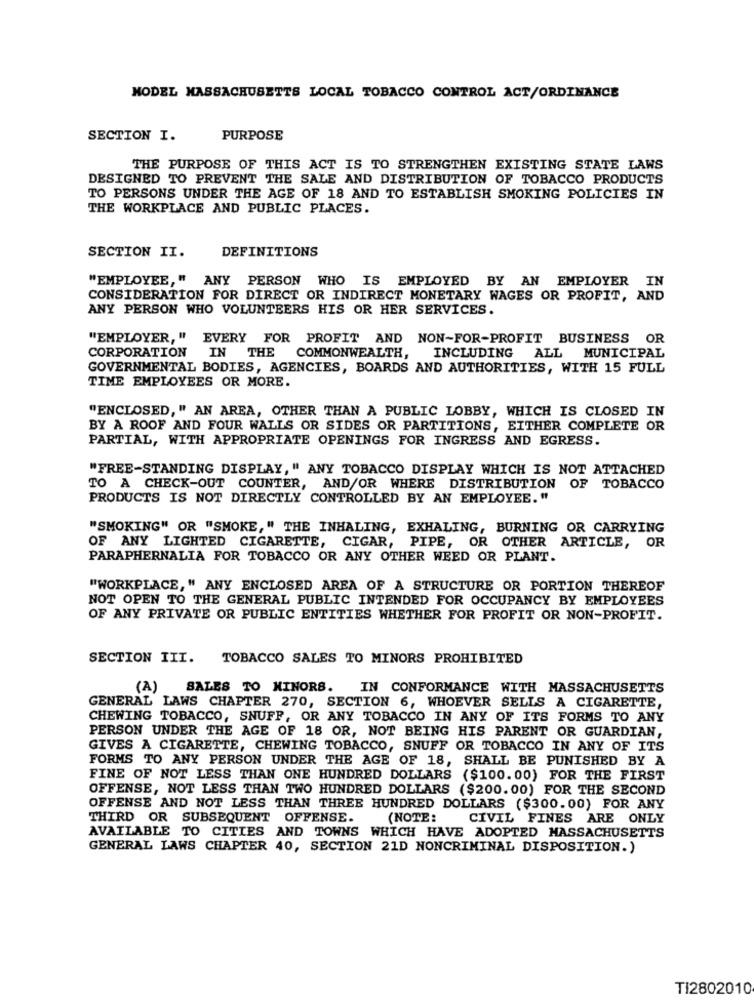
MODEL MASSACHUSETTS LOCAL TOBACCO CONTROL ACT/ORDINANCE
SECTION I.
PURPOSE
THE PURPOSE OF THIS ACT IS TO STRENGTHEN EXISTING STATE LAWS
DESIGNED TO PREVENT THE SALE AND DISTRIBUTION OF TOBACCO PRODUCTS
TO PERSONS UNDER THE AGE OF 18 AND TO ESTABLISH SMOKING POLICIES IN
THE WORKPLACE AND PUBLIC PLACES.
SECTION II.
DEFINITIONS
"EMPLOYEE, " ANY PERSON WHO IS EMPLOYED BY AN EMPLOYER IN
CONSIDERATION FOR DIRECT OR INDIRECT MONETARY WAGES OR PROFIT, AND
ANY PERSON WHO VOLUNTEERS HIS OR HER SERVICES.
"EMPLOYER, " EVERY FOR PROFIT AND NON-FOR-PROFIT BUSINESS OR
CORPORATION IN THE
COMMONWEALTH, INCLUDING ALL MUNICIPAL
GOVERNMENTAL BODIES, AGENCIES, BOARDS AND AUTHORITIES, WITH 15 FULL
TIME EMPLOYEES OR MORE.
"ENCLOSED, " AN AREA, OTHER THAN A PUBLIC LOBBY, WHICH IS CLOSED IN
BY A ROOF AND FOUR WALLS OR SIDES OR PARTITIONS, EITHER COMPLETE OR
PARTIAL, WITH APPROPRIATE OPENINGS FOR INGRESS AND EGRESS.
"FREE-STANDING DISPLAY, " ANY TOBACCO DISPLAY WHICH IS NOT ATTACHED
TO A CHECK-OUT COUNTER, AND/OR WHERE DISTRIBUTION OF TOBACCO
PRODUCTS IS NOT DIRECTLY CONTROLLED BY AN EMPLOYEE."
"SMOKING" OR "SMOKE," THE INHALING, EXHALING, BURNING OR CARRYING
OF ANY LIGHTED CIGARETTE, CIGAR, PIPE, OR OTHER ARTICLE, OR
PARAPHERNALIA FOR TOBACCO OR ANY OTHER WEED OR PLANT.
"WORKPLACE, " ANY ENCLOSED AREA OF A STRUCTURE OR PORTION THEREOF
NOT OPEN TO THE GENERAL PUBLIC INTENDED FOR OCCUPANCY BY EMPLOYEES
OF ANY PRIVATE OR PUBLIC ENTITIES WHETHER FOR PROFIT OR NON-PROFIT.
SECTION III.
TOBACCO SALES TO MINORS PROHIBITED
(A)
SALES TO MINORS. IN CONFORMANCE WITH MASSACHUSETTS
GENERAL LAWS CHAPTER 270, SECTION 6, WHOEVER SELLS A CIGARETTE,
CHEWING TOBACCO, SNUFF, OR ANY TOBACCO IN ANY OF ITS FORMS TO ANY
PERSON UNDER THE AGE OF 18 OR, NOT BEING HIS PARENT OR GUARDIAN,
GIVES A CIGARETTE, CHEWING TOBACCO, SNUFF OR TOBACCO IN ANY OF ITS
FORMS TO ANY PERSON UNDER THE AGE OF 18, SHALL BE PUNISHED BY A
FINE OF NOT LESS THAN ONE HUNDRED DOLLARS ($100.00) FOR THE FIRST
OFFENSE, NOT LESS THAN TWO HUNDRED DOLLARS ($200.00) FOR THE SECOND
OFFENSE AND NOT LESS THAN THREE HUNDRED DOLLARS ($300.00) FOR ANY
THIRD OR SUBSEQUENT OFFENSE.
(NOTE:
CIVIL FINES ARE ONLY
AVAILABLE TO CITIES AND TOWNS WHICH HAVE ADOPTED MASSACHUSETTS
GENERAL LAWS CHAPTER 40, SECTION 21D NONCRIMINAL DISPOSITION.)
TI2802010